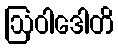
ဩဝါဒေါတိ